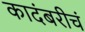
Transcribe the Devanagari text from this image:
कादंबरीचं